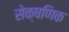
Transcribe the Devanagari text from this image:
सेक्षणिक